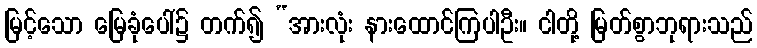
မြင့်သော မြေခုံပေါ်၌ တက်၍ “အားလုံး နားထောင်ကြပါဦး။ ငါတို့ မြတ်စွာဘုရားသည်